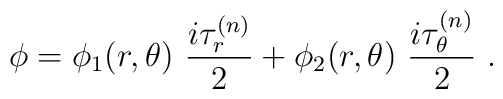
\phi = \phi_1(r,\theta) \ \frac{i \tau_{r}^{(n)}}{2}      + \phi_2(r,\theta) \ \frac{i \tau_{\theta}^{(n)}}{2} \ .